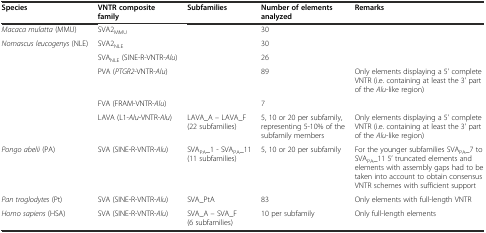
<table><thead><tr><td><b>Species</b></td><td><b>VNTR composite family</b></td><td><b>Subfamilies</b></td><td><b>Number of elements analyzed</b></td><td><b>Remarks</b></td></tr></thead><tbody><tr><td><i>Macaca mulatta</i> (MMU)</td><td>SVA2<sub>MMU</sub></td><td></td><td>30</td><td></td></tr><tr><td><i>Nomascus leucogenys</i> (NLE)</td><td>SVA2<sub>NLE</sub></td><td></td><td>30</td><td></td></tr><tr><td></td><td>SVA<sub>NLE</sub> (SINE-R-VNTR-<i>Alu</i>)</td><td></td><td>26</td><td></td></tr><tr><td></td><td>PVA (<i>PTGR2</i>-VNTR-<i>Alu</i>)</td><td></td><td>89</td><td>Only elements displaying a 5’ complete VNTR (i.e. containing at least the 3’ part of the <i>Alu</i>-like region)</td></tr><tr><td></td><td>FVA (FRAM-VNTR-<i>Alu</i>)</td><td></td><td>7</td><td></td></tr><tr><td></td><td>LAVA (L1-<i>Alu</i>-VNTR-<i>Alu</i>)</td><td>LAVA_A – LAVA_F (22 subfamilies)</td><td>5, 10 or 20 per subfamily, representing 5-10% of the subfamily members</td><td>Only elements displaying a 5’ complete VNTR (i.e. containing at least the 3’ part of the <i>Alu</i>-like region)</td></tr><tr><td><i>Pongo abelii</i> (PA)</td><td>SVA (SINE-R-VNTR-<i>Alu</i>)</td><td>SVA<sub>PA</sub>_1 - SVA<sub>PA</sub>_11 (11 subfamilies)</td><td>5, 10 or 20 per subfamily</td><td>For the younger subfamilies SVA<sub>PA</sub>_7 to SVA<sub>PA</sub>_11 5’ truncated elements and elements with assembly gaps had to be taken into account to obtain consensus VNTR schemes with sufficient support</td></tr><tr><td><i>Pan troglodytes</i> (Pt)</td><td>SVA (SINE-R-VNTR-<i>Alu</i>)</td><td>SVA_PtA</td><td>83</td><td>Only elements with full-length VNTR</td></tr><tr><td><i>Homo sapiens</i> (HSA)</td><td>SVA (SINE-R-VNTR-<i>Alu</i>)</td><td>SVA_A – SVA_F (6 subfamilies)</td><td>10 per subfamily</td><td>Only full-length elements</td></tr></tbody></table>